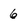
Character: 6